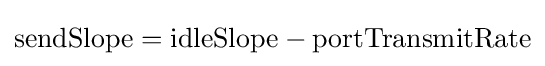
{\text{sendSlope}}={\text{idleSlope}}-{\text{portTransmitRate}}